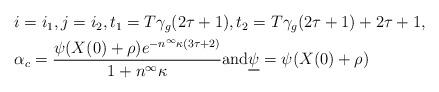
LaTeX: \begin{align*}\begin{aligned}& i=i_1, j=i_2, t_1=T\gamma_g(2\tau+1), t_2=T\gamma_g(2\tau+1)+2\tau+1, \\& \alpha_c= \frac{\psi(X(0)+\rho) e^{-n^{\infty}\kappa(3\tau+2)}}{1+ n^{\infty} \kappa} \mbox{and} \underline{\psi}= \psi(X(0)+\rho)\end{aligned}\end{align*}